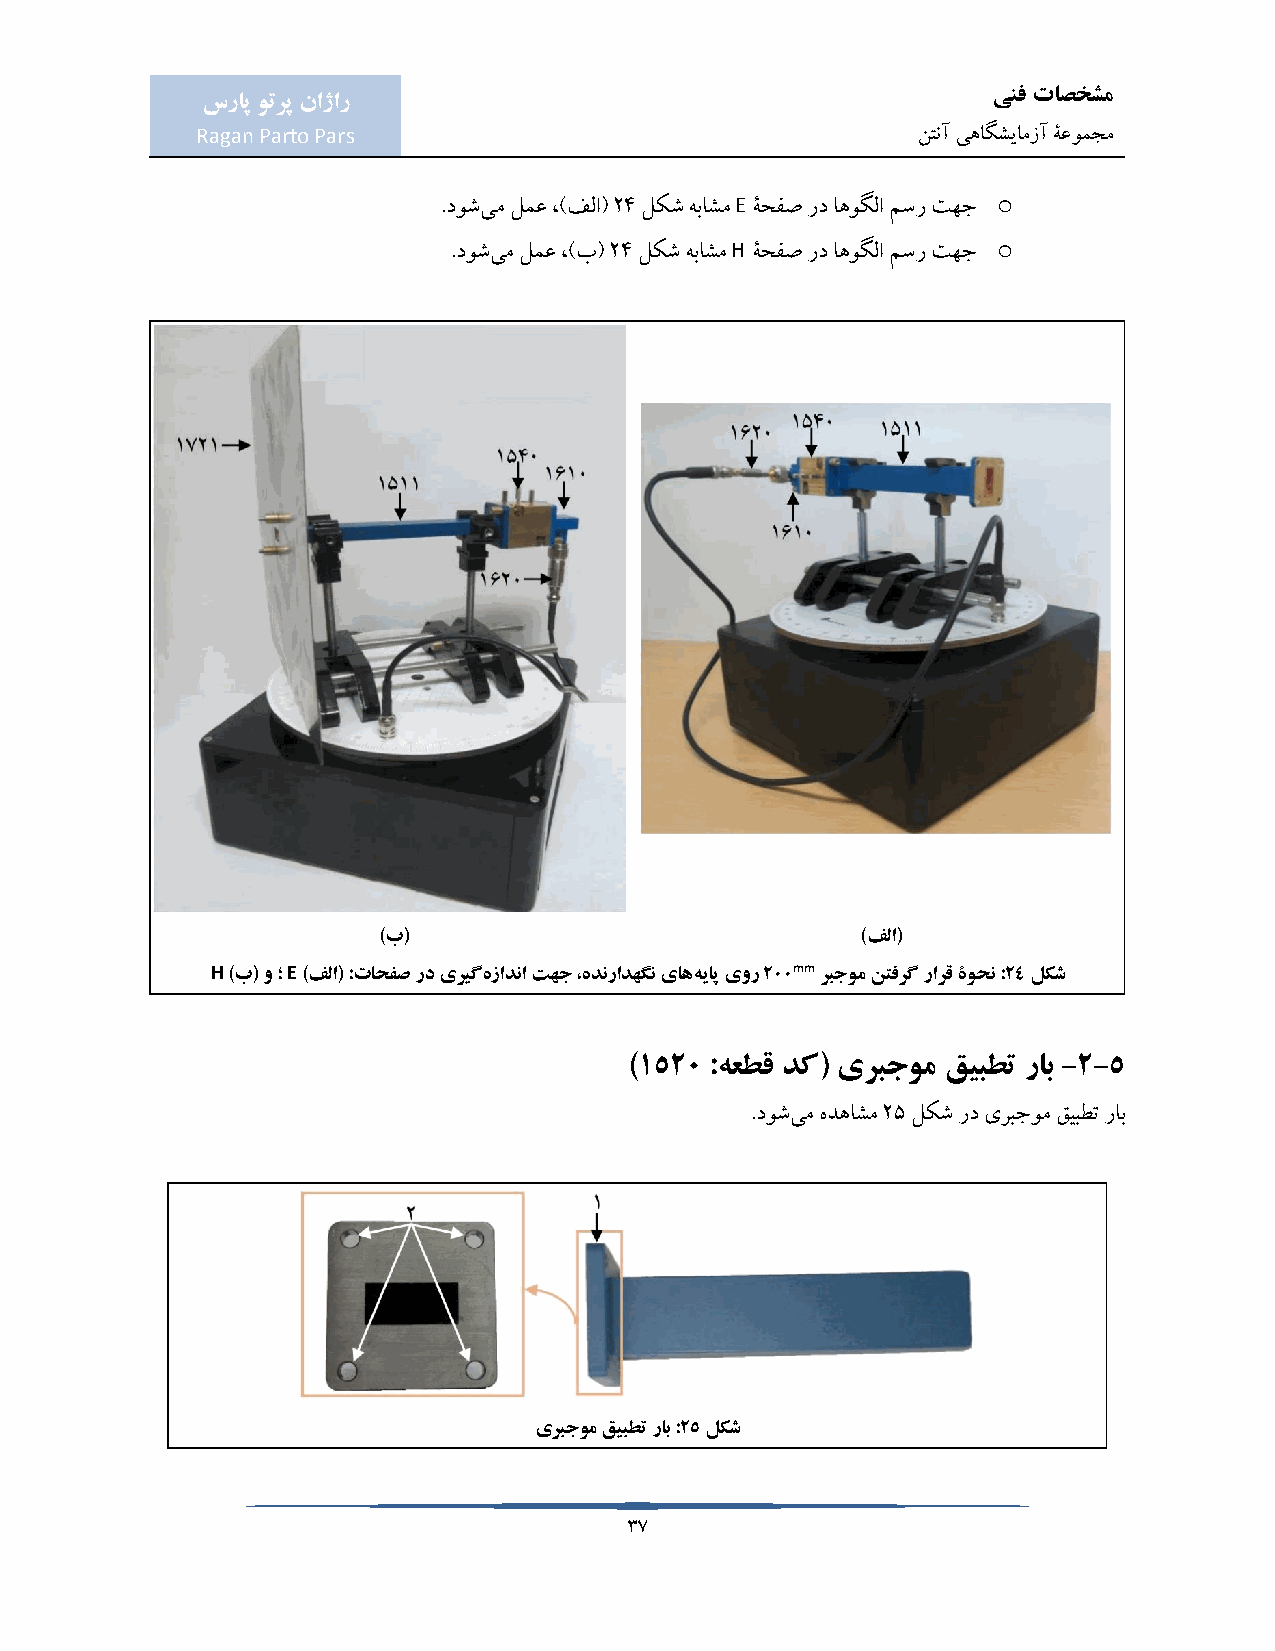
ینف تاصخشم
 سراپ وترپ ناژار
 Ragan Parto Pars                                نتنآ یهاگشیامزآ ۀعومجم
 E                o
 .دوشیم لمع ،)فلا( 24 لکش هباشم ۀحفص رد اهوگلا مسر تهج
 H                 o
 .دوشیم لمع ،)ب( 24 لکش هباشم ۀحفص رد اهوگلا مسر تهج
 )ب(                             )فلا(
 H )ب( و ؛ E )فلا( :تاحفص رد یریگهزادنا تهج ،هدنرادهگن یاههیاپ یور 200mm ربجوم نتفرگ رارق ۀوحن :24 لکش
 )1520 :هعطق دک( یربجوم قیبطت راب -2-5
 .دوشیم هدهاشم 25 لکش رد یربجوم قیبطت راب
 یربجوم قیبطت راب :25 لکش
 37